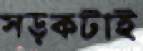
সড়কটাই